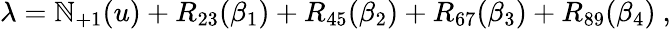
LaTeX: \lambda=\mathbb{N}_{+1}(u)+R_{23}(\beta_{1})+R_{45}(\beta_{2})+R_{67}(\beta_{3})+R_{89}(\beta_{4})~,